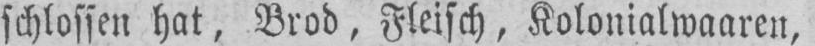
schlossen hat, Brod, Fleisch, Kolonialwaaren,